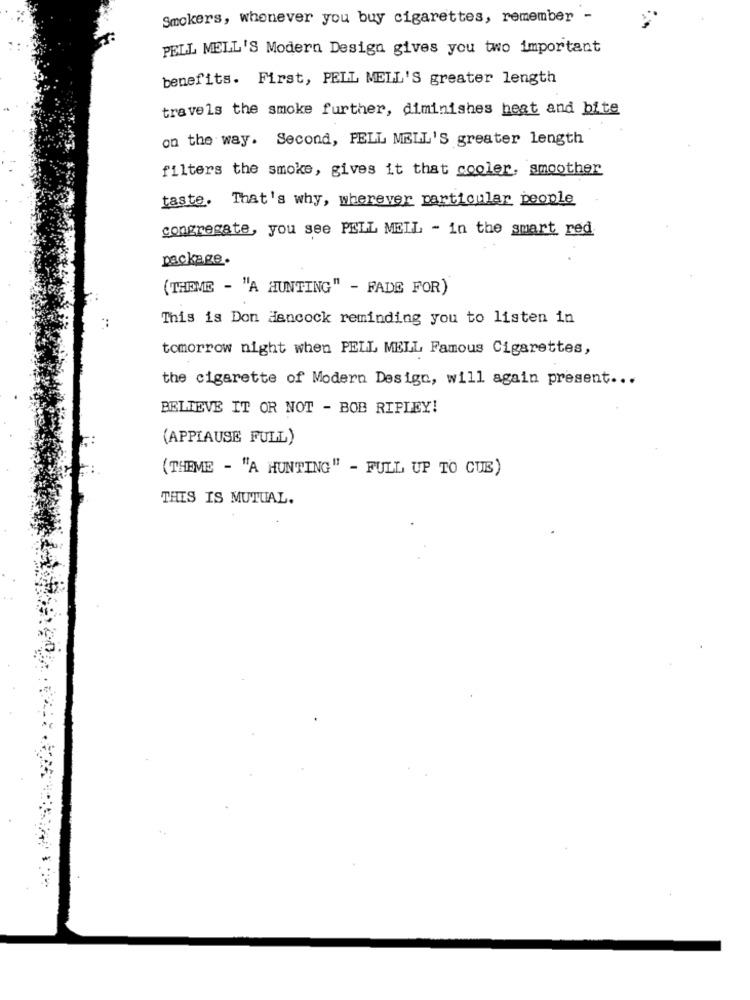
Smokers, whenever you buy cigarettes, remember -
PELL MELL'S Modern Design gives you two important
benefits. First, PELL MELL'S greater length
travels the smoke further, diminishes heat and bite
on the way. Second, PELL NELL'S greater length
filters the smoke, gives it that cooler, smoother
taste. That's why, wherever particular people
congregate, you see PELL MELL - in the smart red
package.
(THEME - "A HUNTING" - FADE FOR)
This is Don Hancock reminding you to listen in
tomorrow night when PELL MELL Famous Cigarettes,
the cigarette of Modern Design, will again present ...
BELIEVE IT OR NOT - BOB RIPLEY!
(APPLAUSE FULL)
(THEME - "A HUNTING" - FULL UP TO CUE)
THIS IS MUTUAL.